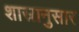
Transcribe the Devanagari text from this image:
शास्रानुसार